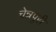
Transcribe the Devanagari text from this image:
चेन्नपुरी